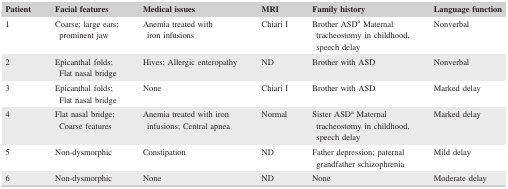
<table><thead><tr><td><b>Patient</b></td><td><b>Facial features</b></td><td><b>Medical issues</b></td><td><b>MRI</b></td><td><b>Family history</b></td><td><b>Language function</b></td></tr></thead><tbody><tr><td>1</td><td>Coarse; large ears; prominent jaw</td><td>Anemia treated with iron infusions</td><td>Chiari I</td><td>Brother ASDa Maternal tracheostomy in childhood, speech delay</td><td>Nonverbal</td></tr><tr><td>2</td><td>Epicanthal folds; Flat nasal bridge</td><td>Hives; Allergic enteropathy</td><td>ND</td><td>Brother with ASD</td><td>Nonverbal</td></tr><tr><td>3</td><td>Epicanthal folds; Flat nasal bridge</td><td>None</td><td>Chiari I</td><td>Brother with ASD</td><td>Marked delay</td></tr><tr><td>4</td><td>Flat nasal bridge; Coarse features</td><td>Anemia treated with iron infusions; Central apnea</td><td>Normal</td><td>Sister ASDa Maternal tracheostomy in childhood, speech delay</td><td>Marked delay</td></tr><tr><td>5</td><td>Non‐dysmorphic</td><td>Constipation</td><td>ND</td><td>Father depression; paternal grandfather schizophrenia</td><td>Mild delay</td></tr><tr><td>6</td><td>Non‐dysmorphic</td><td>None</td><td>ND</td><td>None</td><td>Moderate delay</td></tr></tbody></table>